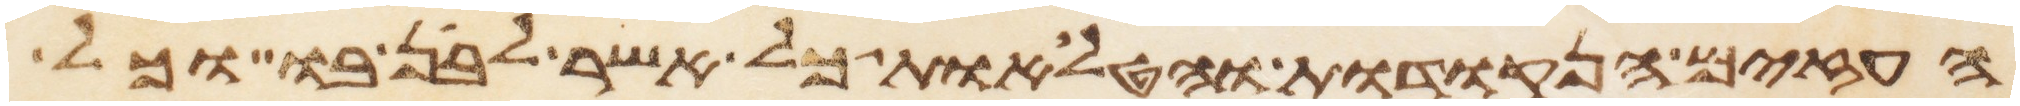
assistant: העזים הנקודות והטלואת כל אשר לבן בו וכל